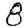
Digit: 8